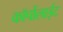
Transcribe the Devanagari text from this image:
कॉर्पोलाईट